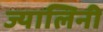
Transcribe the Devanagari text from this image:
ज्यालिनी